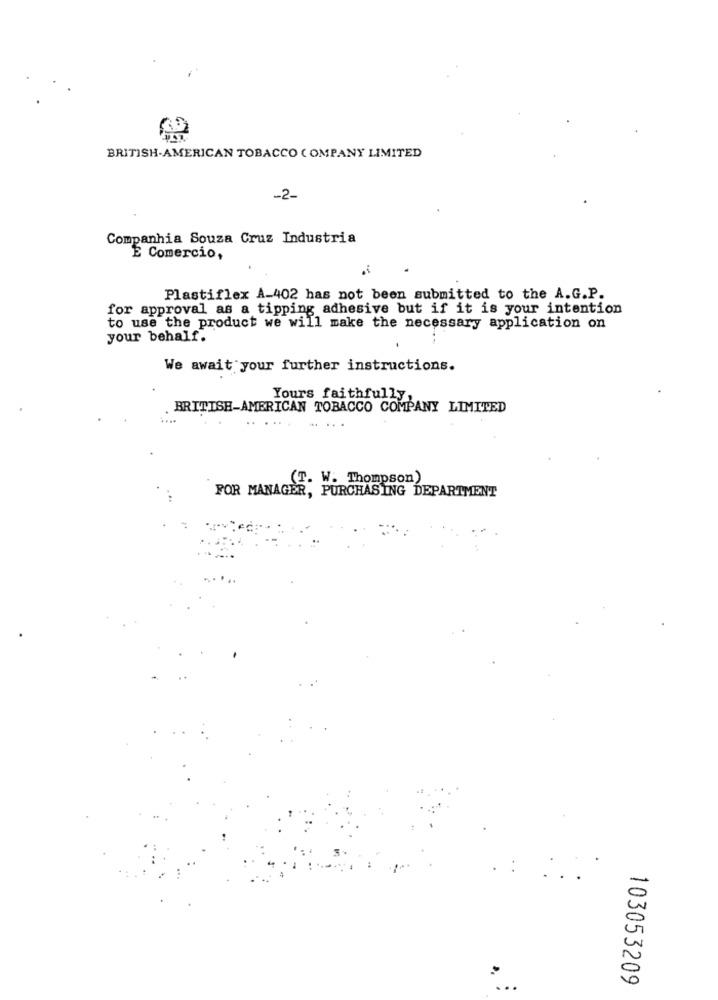
BRITISH-AMERICAN TOBACCO COMPANY LIMITED
-2-
Companhia Souza Cruz Industria
E Comercio,
Plastiflex A-402 has not been submitted to the A.G.P.
for approval as a tipping adhesive but if it is your intention
to use the product we will make the necessary application on
your behalf.
We await your further instructions.
Yours faithfully,
BRITISH-AMERICAN TOBACCO COMPANY LIMITED
...
(T. W. Thompson)
FOR MANAGER, PURCHASING DEPARTMENT
103053209